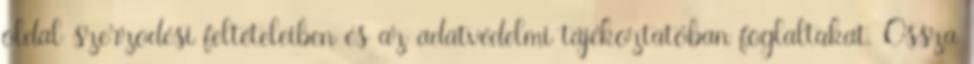
oldal szerzõdési feltételeiben és az adatvédelmi tájékoztatóban foglaltakat. Ossza